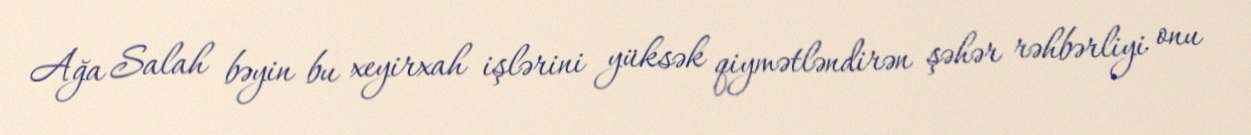
Ağa Salah bəyin bu xeyirxah işlərini yüksək qiymətləndirən şəhər rəhbərliyi onu